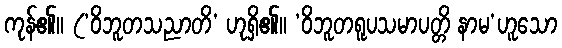
ကုန်၏။ (‘ဝိဘူတသညာတိ’ ဟုရှိ၏။ ‘ဝိဘူတရူပသမာပတ္တိ နာမ’ဟူသော